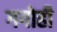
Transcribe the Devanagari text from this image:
गगोही